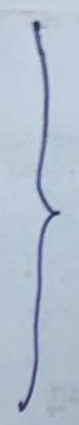
}